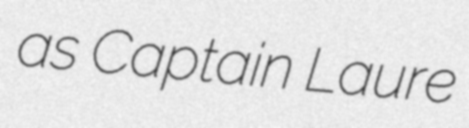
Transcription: as Captain Laure